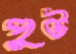
পুট